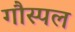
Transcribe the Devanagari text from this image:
गौस्पल